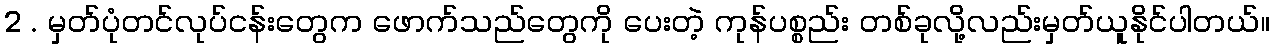
2 . မှတ်ပုံတင်လုပ်ငန်းတွေက ဖောက်သည်တွေကို ပေးတဲ့ ကုန်ပစ္စည်း တစ်ခုလို့လည်းမှတ်ယူနိုင်ပါတယ်။